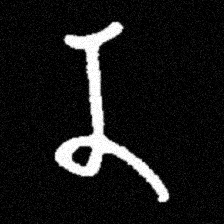
Pyu character \u2014 Myanmar letter: န (romanized: na)